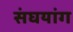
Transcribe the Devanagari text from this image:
संघयांग